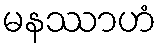
မနဿာဟံ